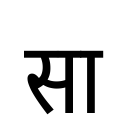
OCR:
सा